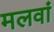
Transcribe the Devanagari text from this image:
मलवां